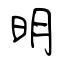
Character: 明